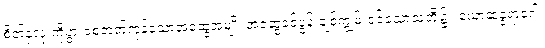
စိတ်နှလုံးကိုပွားစေတတ်ကုန်သောအဆွေအမျိုး အဆွေခင်ပွန်းချစ်ကျွမ်းဝင်သောသူတို့၌။ ယောဆန္ဒရာဂေါ၊